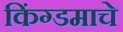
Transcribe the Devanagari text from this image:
किंग्डमाचे